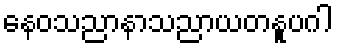
နေဝသညာနာသညာယတနူပဂါ